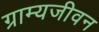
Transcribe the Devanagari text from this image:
ग्राम्यजीवन